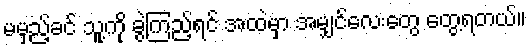
မမှည့်ခင် သူ့ကို ခွဲကြည့်ရင် အထဲမှာ အမျှင်လေးတွေ တွေ့ရတယ်။